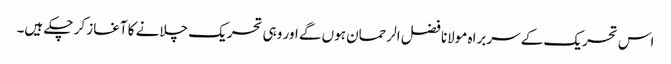
اس تحریک کے سربراہ مولانا فضل الرحمان ہوں گے اور وہی تحریک چلانے کا آغاز کر چکے ہیں۔